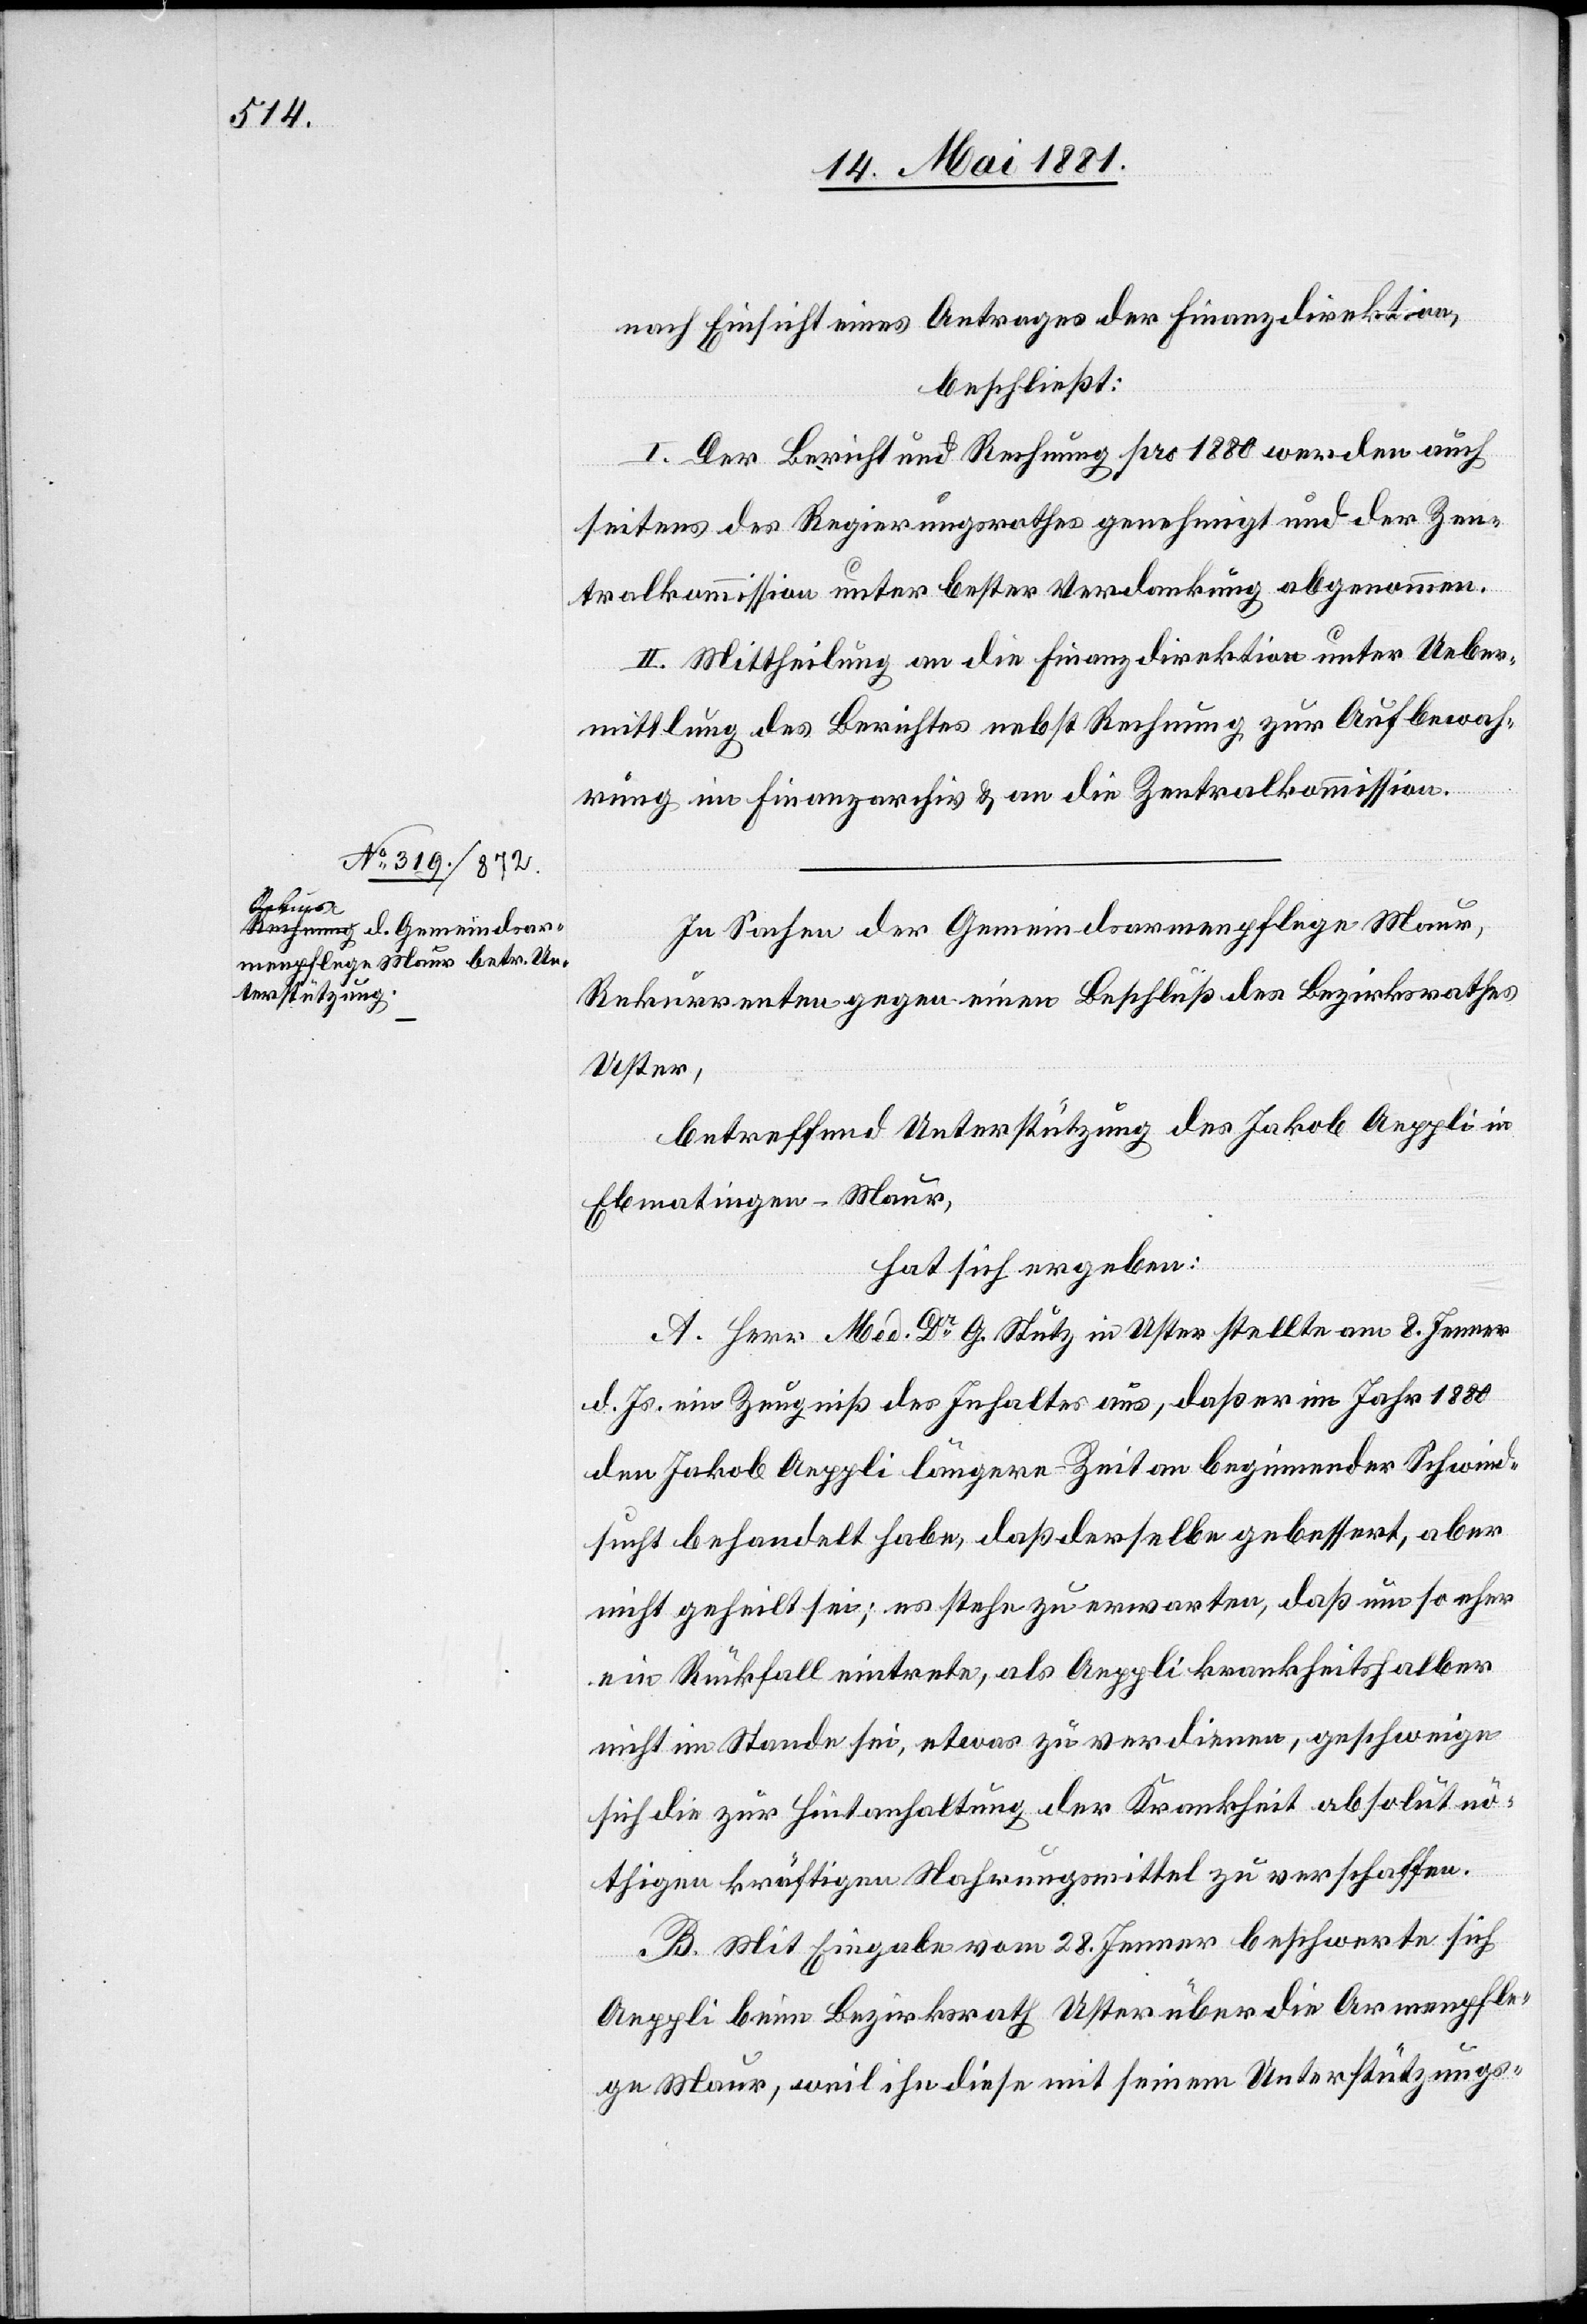
nach Einsicht eines Antrages der Finanzdirektion,
beschließt:
I. Der Bericht und Rechnung pro 1880 werden auch
seitens des Regierungsrathes genehmigt und der Zen¬
tralkommission unter bester Verdankung abgenommen.
II. Mittheilung an die Finanzdirektion unter Ueber¬
mittlung des Berichtes nebst Rechnung zur Aufbewah¬
rung im Finanzarchiv & an die Zentralkommission.
In Sachen der Gemeindsarmenpflege Maur,
Rekurrenten gegen einen Beschluß des Bezirksrathes
Uster,
betreffend Unterstützung des Jakob Aeppli in
Ebmatingen - Maur,
hat sich ergeben:
A. Herr Med. Dr G. Stutz in Uster stellte am 8. Jenner
d. Js. ein Zeugniß des Inhaltes aus, daß er im Jahr 1880
den Jakob Aeppli längere Zeit an beginnender Schwind¬
sucht behandelt habe, daß derselbe gebessert, aber
nicht geheilt sei; es stehe zu erwarten, das um so eher
ein Rückfall eintrete, als Aeppli krankheitshalber
nicht im Stande sei, etwas zu verdienen, geschweige
sich die zur Hintanhaltung der Krankheit absolut nö¬
thigen kräftigen Nahrungsmittel zu verschaffen.
B. Mit Eingabe vom 28. Jenner beschwerte sich
Aeppli beim Bezirksrath Uster über die Armenpfle¬
ge Maur, weil ihn diese mit seinem Unterstützungs-